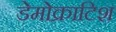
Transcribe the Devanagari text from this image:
डेमोक्राटिश